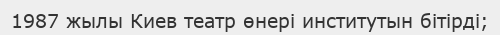
1987 жылы Киев театр өнері институтын бітірді;